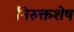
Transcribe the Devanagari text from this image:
निरुक्तशेष